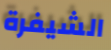
الشيفرة